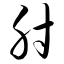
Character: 肘